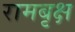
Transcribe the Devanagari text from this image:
रामबृक्ष